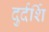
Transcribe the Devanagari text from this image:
दुर्दर्शि